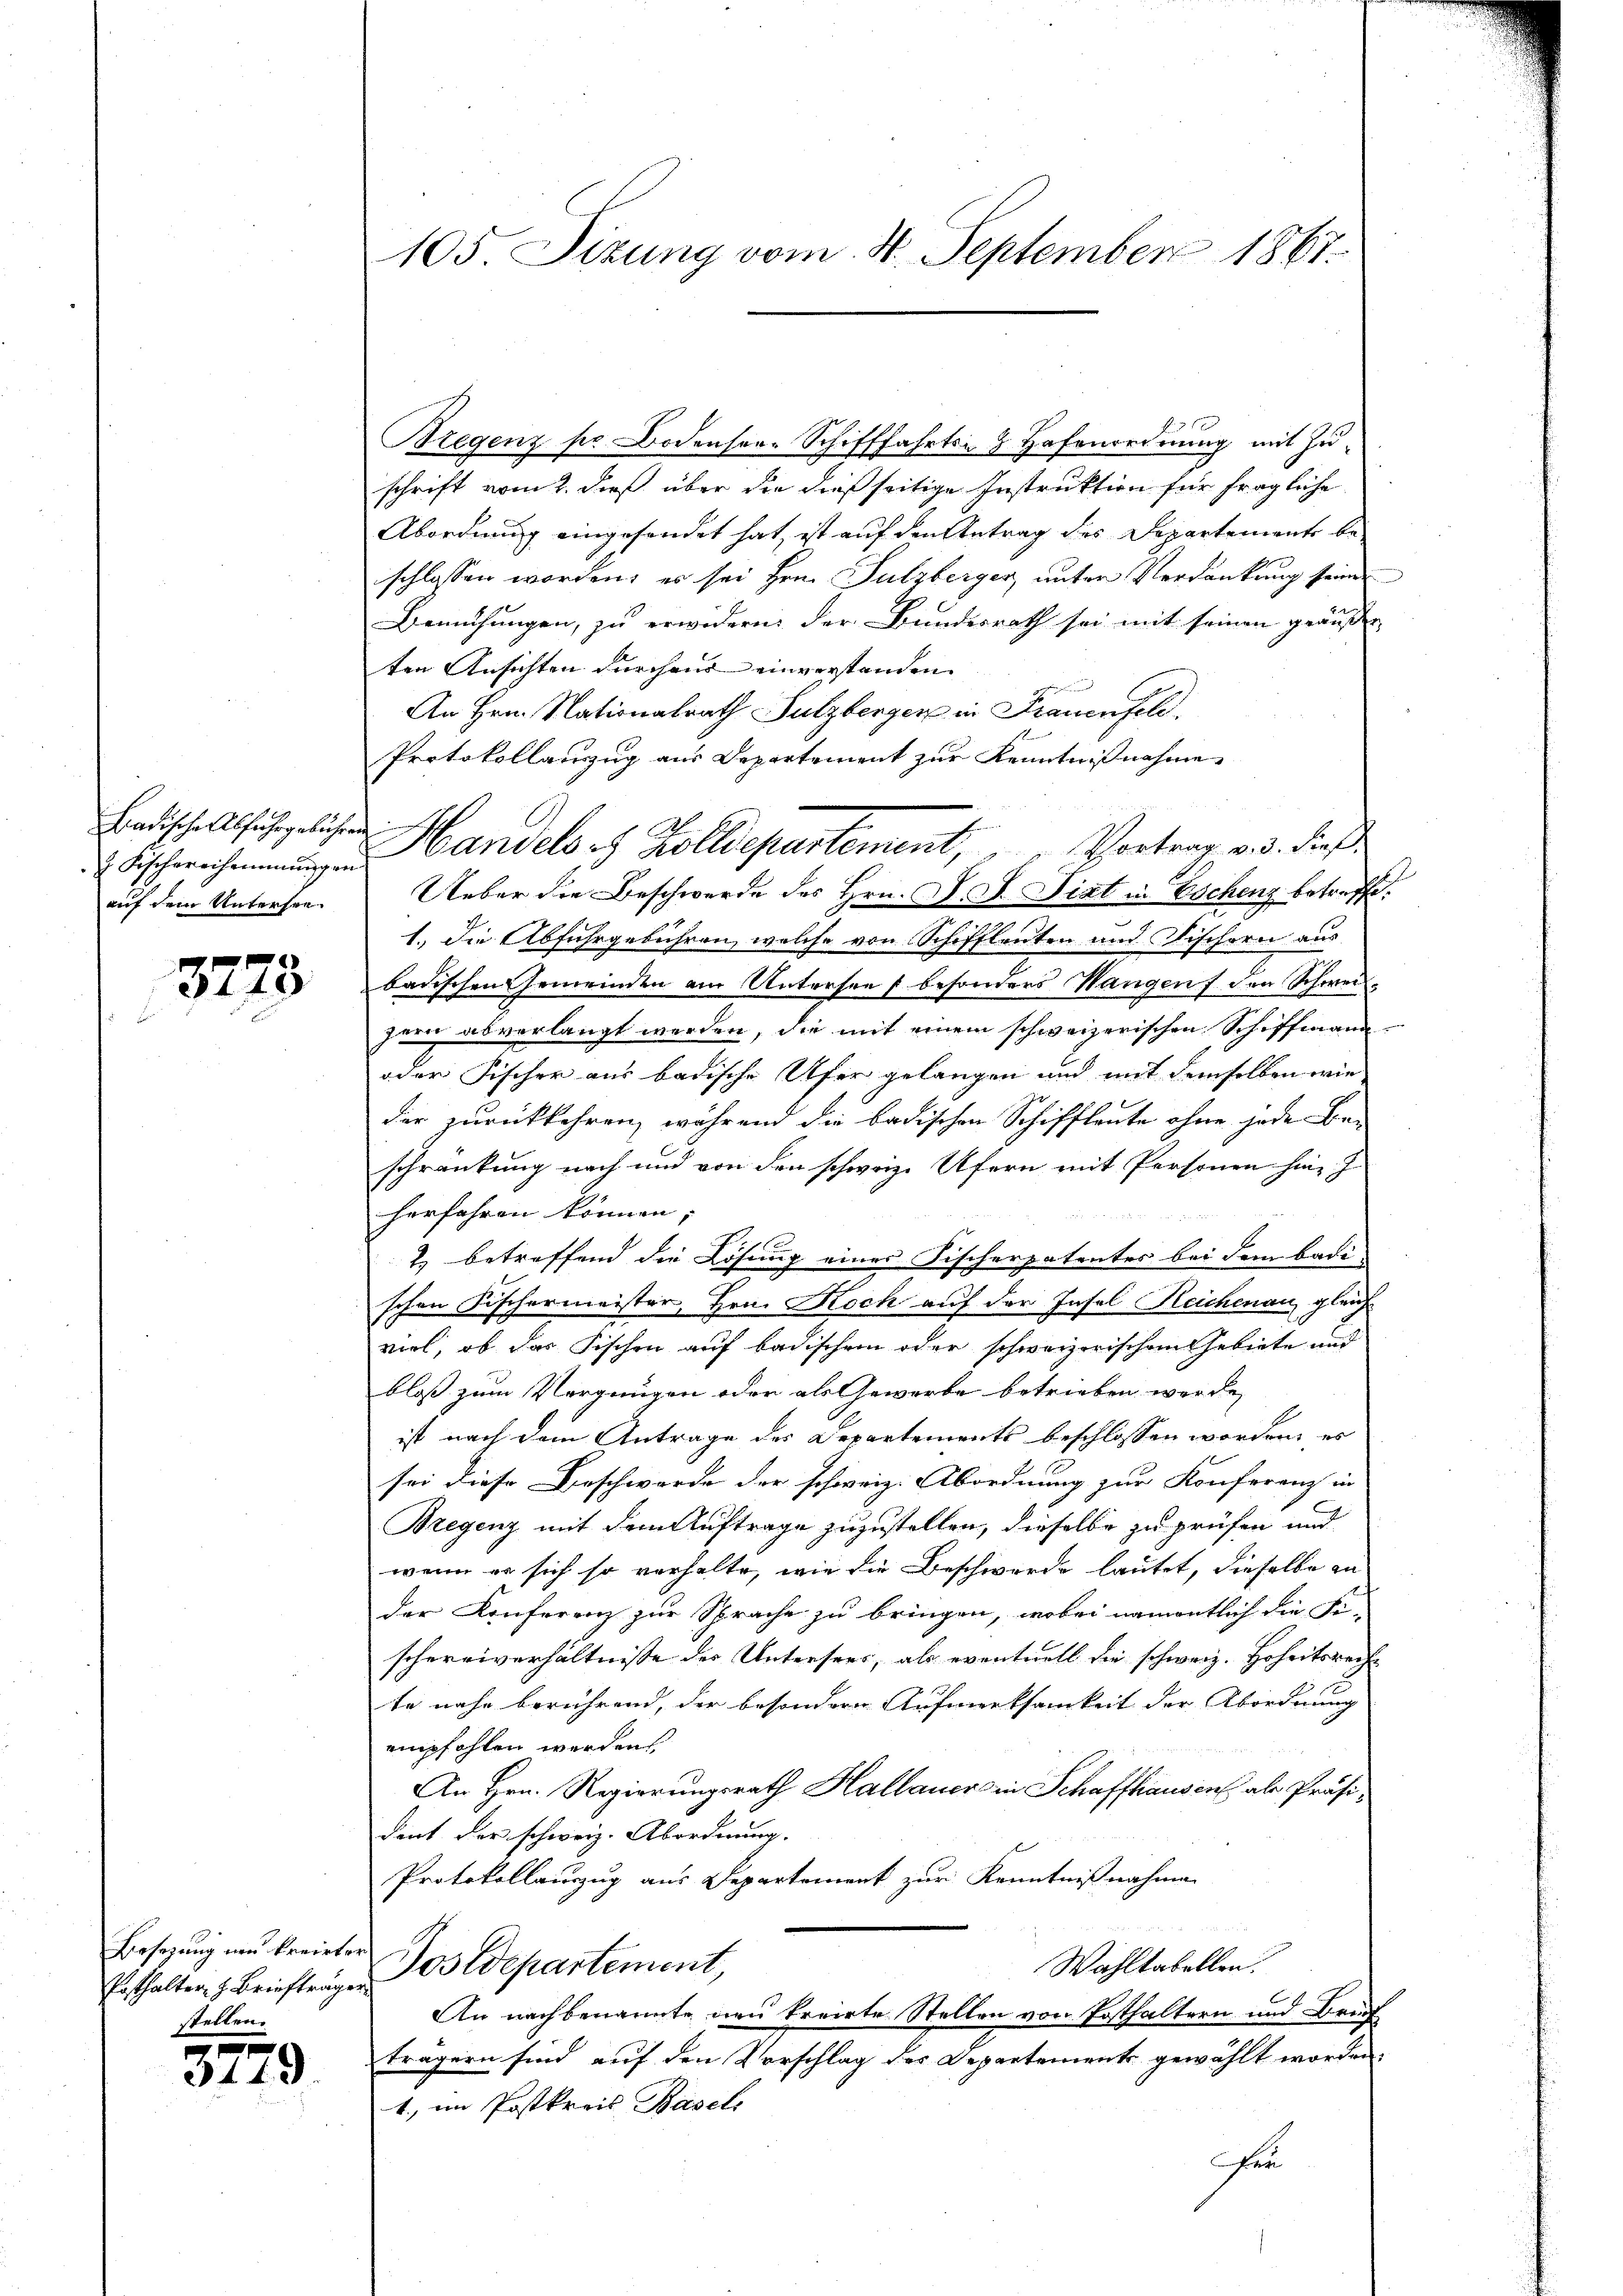
Badische Abfahrgebühren
auf dem Untersee

3773

Besetzung und Kreister
stellen.

3779

Bregenz pr Bodensen-Schifffahrts- & Hafenordnung mit Zuschrift vom 2. dieß über die dießseitige Instruktion für fragliche
Abordnung eingesendet hat, ist auf den Antrag des Departement be-
schlossen worden; es sei Hrn. Sulzberger, unter Verdankung seine
Bemühungen, zu erwidern der Bundesrath sei mit seinen geäuße
ten Ansichten durchaus einverstanden
An Hrn. Nationalrath Sulzberger in Frauenfeld.
Protokollanzug aus Departement zur Kenntnißnahme
A.
Vortrag v. 3. dieß
 andels zolldepartement,
Ueber die Beschwerde des Hrn. D. J. Fiat in Eschenz betreffe:
1.) Die Abfuhrgebühren, welche von Schiffleuten und Nischern aus
badischen Gemeinden am Untersee u besonders Wangen f den Schweizem abverlangt werden, die mit einem schweizerischen Schiffmann
oder Fischer aus badische Ufer gelangen und mit demselben wie
der zurückkehren, während die badischen Schiffleute ohne jede Be-
schränkung nach und von den schwarze Ufern mit Personen hinz
herfahren können;
2) betreffend die Lösung eines Fischerpatentes bei dem badi-
schen Fischermeister, Hrn. Koch auf der Insel Reichenau gleich
viel, ob das Fischen auf badischen oder schweizerischem Gebiete und
bloß zum Vergnügen oder als Gewerbe betrieben werde,
ist nach dem Antrage des Departements beschlossen worden, es
sei diese Beschwerde der schweiz. Abordnung zur Konferenz in
Bregenz mit dem Auftrage zuzustellen, dieselbe zu prüfen und
wenn er sich so verhalte, wie die Beschwerde lautet, dieselbe ander Konferenz zur Sprache zu bringen, wobei namentlich die Fi-
schereiverhältnisse des Untersers, als eventuell die schweiz. Hoheitsrech-
te nahe berührend, der besondere Aufmerksamkeit der Abordnung
empfohlen werden
An Hrn. Regierungsrath Hallauer in Schaffhausen als Präsident der schweiz. Abordnung.
Protokollauszug aus Departement zur Kenntnißnahme
Wahltabellen.
Enthalter z. Brieftragen Jos Departement,
An nachbenannte neu treite Stellen von Posthaltern und Bruch
trägern sind auf den Vorschlag des Departements gewählt worden.
1., im Postkreis Basels
er

105 Sizung vom 8. September 1861.